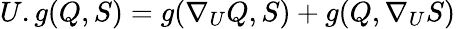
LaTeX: U.g(Q,S)=g(\nabla_{U}Q,S)+g(Q,\nabla_{U}S)